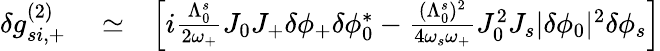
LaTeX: \begin{array}{rlr}{\delta g_{si,+}^{(2)}}&{{}\simeq}&{\left[i\frac{\Lambda_{0}^{s}}{2\omega_{+}}J_{0}J_{+}\delta\phi_{+}\delta\phi_{0}^{*}-\frac{(\Lambda_{0}^{s})^{2}}{4\omega_{s}\omega_{+}}J_{0}^{2}J_{s}|\delta\phi_{0}|^{2}\delta\phi_{s}\right]}\end{array}